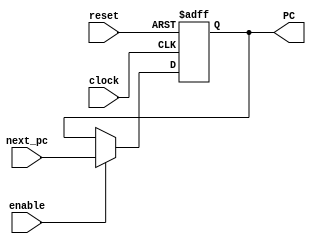
module pc_module (
    input wire clock,       // Clock signal
    input wire reset,       // Reset signal to initialize PC
    input wire enable,      // Enable signal for updating PC
    input wire [15:0] next_pc, // Next PC value to be loaded
    output reg [15:0] PC    // Current PC value
);

    // Always block triggered on the rising edge of the clock or reset signal
    always @(posedge clock or posedge reset) begin
        if (reset) begin
            PC <= 16'b0;  // If reset is high, initialize PC to 0
        end else if (enable) begin
            PC <= next_pc; // If enable is high, update PC with next_pc value
        end else begin
            PC <= PC;     // If neither reset nor enable is high, maintain the current PC value
        end
    end

endmodule